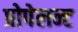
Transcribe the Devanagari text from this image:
प्रोपेलन्ट